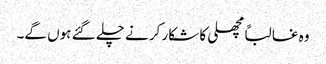
وہ غالباً مچھلی کا شکار کرنے چلے گئے ہوں گے۔